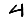
Digit: 4